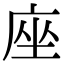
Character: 座